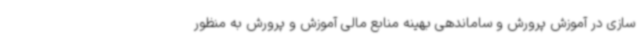
سازی در آموزش پرورش و ساماندهی بهینه منابع مالی آموزش و پرورش به منظور